Indian journal of veterinary science and animal husbandry - Volume 13,
Year: 1943
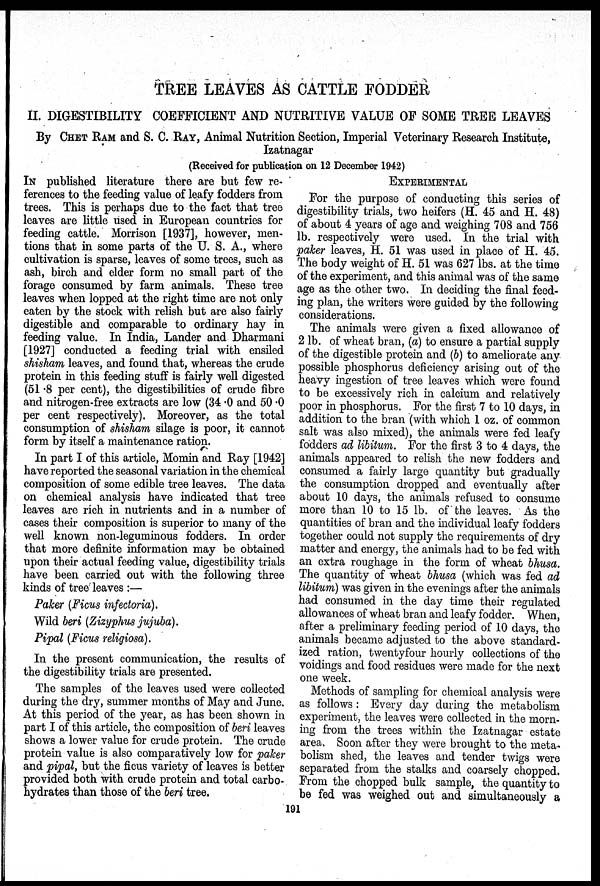
TREE LEAVES AS CATTLE FODDER
II. DIGESTIBILITY COEFFICIENT AND NUTRITIVE VALUE OF SOME TREE LEAVES
By CHET RAM and S. C. RAY, Animal Nutrition Section, Imperial Veterinary Research Institute,
Izatnagar
(Received for publication on 12 December 1942)
IN published literature there are but few re-
ferences to the feeding value of leafy fodders from
trees. This is perhaps due to the fact that tree
leaves are little used in European countries for
feeding cattle. Morrison [1937], however, men-
tions that in some parts of the U. S. A., where
cultivation is sparse, leaves of some trees, such as
ash, birch and elder form no small part of the
forage consumed by farm animals. These tree
leaves when lopped at the right time are not only
eaten by the stock with relish but are also fairly
digestible and comparable to ordinary hay in
feeding value. In India, Lander and Dharmani
[1927] conducted a feeding trial with ensiled
shisham leaves, and found that, whereas the crude
protein in this feeding stuff is fairly well digested
(51.8 per cent), the digestibilities of crude fibre
and nitrogen-free extracts are low (34.0 and 50.0
per cent respectively). Moreover, as the total
consumption of shisham silage is poor, it cannot
form by itself a maintenance ration.
In part I of this article, Momin and Ray [1942]
have reported the seasonal variation in the chemical
composition of some edible tree leaves. The data
on chemical analysis have indicated that tree
leaves are rich in nutrients and in a number of
cases their composition is superior to many of the
well known non-leguminous fodders. In order
that more definite information may be obtained
upon their actual feeding value, digestibility trials
have been carried out with the following three
kinds of tree leaves :—
Paker (Ficus infectoria).
Wild beri (Zizyphus jujuba).
Pipal (Ficus religiosa).
In the present communication, the results of
the digestibility trials are presented.
The samples of the leaves used were collected
during the dry, summer months of May and June.
At this period of the year, as has been shown in
part I of this article, the composition of beri leaves
shows a lower value for crude protein. The crude
protein value is also comparatively low for paker
and pipal, but the ficus variety of leaves is better
provided both with crude protein and total carbo-
hydrates than those of the beri tree.
EXPERIMENTAL
For the purpose of conducting this series of
digestibility trials, two heifers (H. 45 and H. 48)
of about 4 years of age and weighing 708 and 756
lb. respectively were used. In the trial with
paker leaves, H. 51 was used in place of H. 45.
The body weight of H. 51 was 627 lbs. at the time
of the experiment, and this animal was of the same
age as the other two. In deciding the final feed-
ing plan, the writers were guided by the following
considerations.
The animals were given a fixed allowance of
2 lb. of wheat bran, (a) to ensure a partial supply
of the digestible protein and (b) to ameliorate any
possible phosphorus deficiency arising out of the
heavy ingestion of tree leaves which were found
to be excessively rich in calcium and relatively
poor in phosphorus. For the first 7 to 10 days, in
addition to the bran (with which 1 oz. of common
salt was also mixed), the animals were fed leafy
fodders ad libitum. For the first 3 to 4 days, the
animals appeared to relish the new fodders and
consumed a fairly large quantity but gradually
the consumption dropped and eventually after
about 10 days, the animals refused to consume
more than 10 to 15 lb. of the leaves. As the
quantities of bran and the individual leafy fodders
together could not supply the requirements of dry
matter and energy, the animals had to be fed with
an extra roughage in the form of wheat bhusa.
The quantity of wheat bhusa (which was fed ad
libitum) was given in the evenings after the animals
had consumed in the day time their regulated
allowances of wheat bran and leafy fodder. When,
after a preliminary feeding period of 10 days, the
animals became adjusted to the above standard-
ized ration, twentyfour hourly collections of the
voidings and food residues were made for the next
one week.
Methods of sampling for chemical analysis were
as follows: Every day during the metabolism
experiment, the leaves were collected in the morn-
ing from the trees within the Izatnagar estate
area. Soon after they were brought to the meta-
bolism shed, the leaves and tender twigs were
separated from the stalks and coarsely chopped.
From the chopped bulk sample, the quantity to
be fed was weighed out and simultaneously a
191